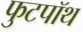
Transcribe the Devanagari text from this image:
फुटपॉथ